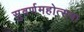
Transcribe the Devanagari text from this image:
सुवर्णमहोत्सवा